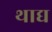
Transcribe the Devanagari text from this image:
थाद्य